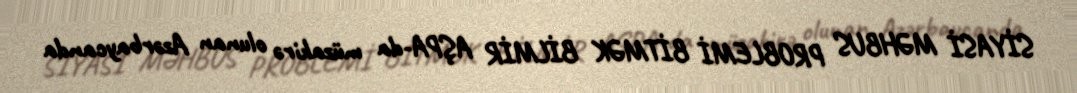
SİYASİ MƏHBUS PROBLEMİ BİTMƏK BİLMİR AŞPA-da müzakirə olunan Azərbaycanda